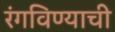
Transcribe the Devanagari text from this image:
रंगविण्याची